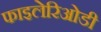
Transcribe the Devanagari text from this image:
फाइलेरिओडी